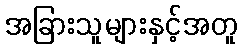
အခြားသူများနှင့်အတူ